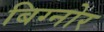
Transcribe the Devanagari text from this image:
बिग्नोर